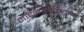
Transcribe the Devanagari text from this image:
माधवनिदानम